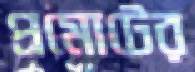
প্রমোটের